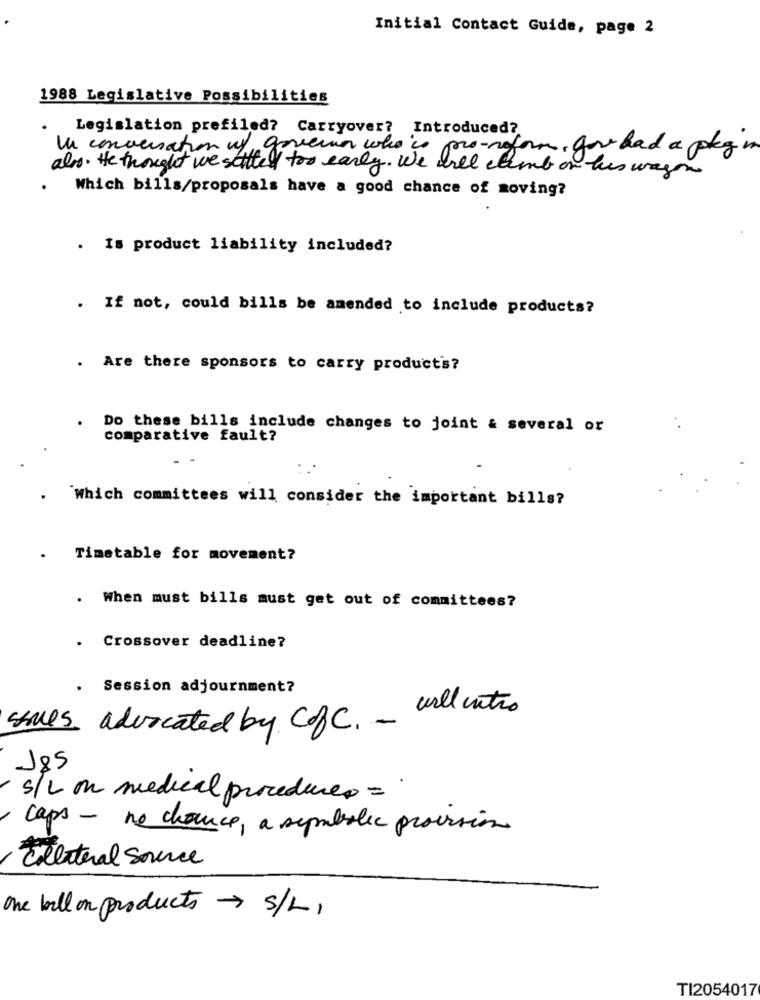
Initial Contact Guide, page 2
1988 Legislative Possibilities
Legislation prefiled? Carryover? Introduced?
In conversation uf, governo who is pro-reform, you had a pkg in
also. He thought we sattel too early. We will climb on his wayon
Which bills/proposals have a good chance of moving?
. Is product liability included?
. If not, could bills be amended to include products?
. Are there sponsors to carry products?
Do these bills include changes to joint & several or
comparative fault?
Which committees will consider the important bills?
Timetable for movement?
. When must bills must get out of committees?
. Crossover deadline?
. Session adjournment?
sales advocated by CofC .- will entro
185
S/L on medical procedures ='
caps - ne chance, a symbolic provision
Ellateral Source
One bill on products > s/L,
TI2054017